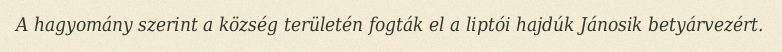
A hagyomány szerint a község területén fogták el a liptói hajdúk Jánosik betyárvezért.